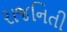
રાજનિતી